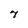
Character: 7